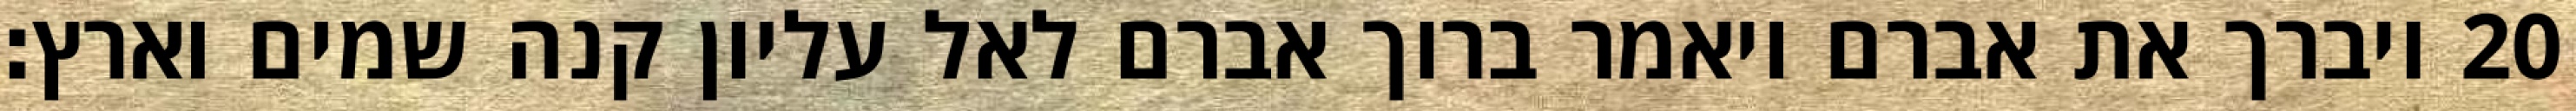
ויברך את אברם ויאמר ברוך אברם לאל עליון קנה שמים וארץ׃ ‎20‏